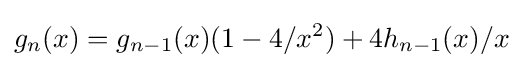
g_{n}(x)=g_{n-1}(x)(1-4/x^{2})+4h_{n-1}(x)/x